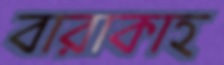
বারাকাহ